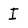
Character: I